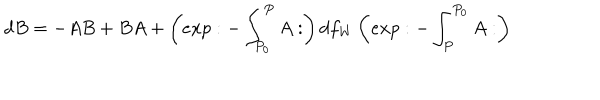
d B = - A B + B A + \left( e x p : - \int _ { P _ { 0 } } ^ { P } A : \right) d f _ { W } \left( e x p : - \int _ { P } ^ { P _ { 0 } } A : \right)